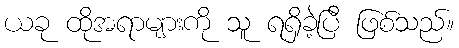
ယခု ထိုအရာများကို သူ ရရှိခဲ့ပြီ ဖြစ်သည်။